Sketch of the medical history of the native army of Bombay, for the year
Year: 1876
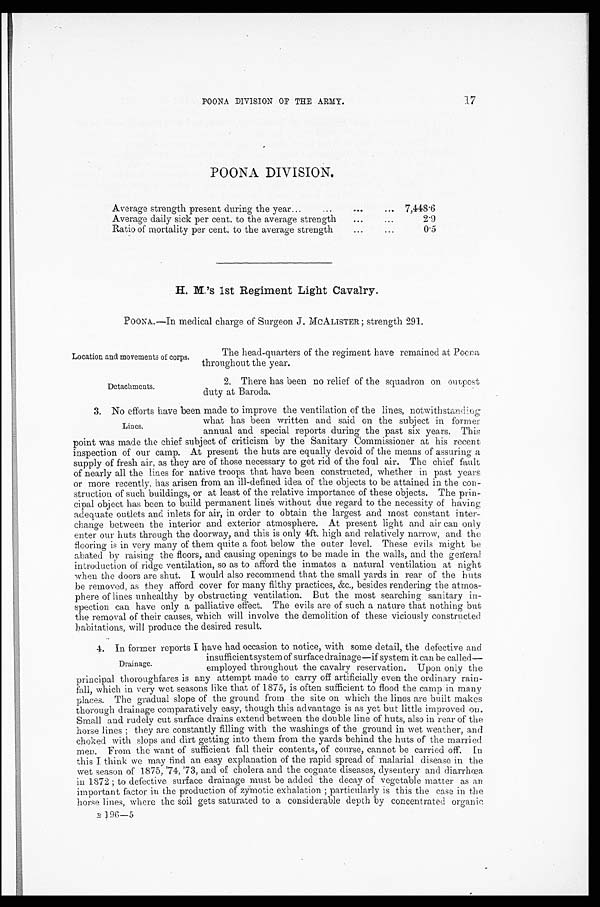
Location and movements of corps.
Detachments.
17
POONA DIVISION OF THE ARMY.
POONA DIVISION.
Average strength present during the year
...
...
. . .
. . .
7 , 4 4 8 . 6
Average daily sick per cent. to the average strength
...
...
2.9
Ratio of mortality per cent. to the average strength
...
...
0 . 5
H . M . ' s 1 s t R e g i m e n t L i g h t C a v a l r y .
POONA..—In medical charge of Surgeon J. MCALISTER ; strength 291.
The head-quarters of the regiment have remained at Poona
throughout the year.
2. There has been no relief of the squadron on outpost
duty at Baroda.
3. No efforts have been made to improve the ventilation of the lines, notwithstan
ding
what has been written and said on the subject in former
annual and special reports during the past six years. This
point was made the chief subject of criticism by the Sanitary Commissioner at his recent
inspection of our camp. At present the huts are equally devoid of the means of assuring a
supply of fresh air, as they are of those necessary to get rid of the foul air. The chief fault
of nearly all the lines for native troops that have been constructed, whether in past years
or more recently, has arisen from an ill-defined idea of the objects to be attained in the con-
struction of such buildings, or at least of the relative importance of these objects. The prin-
cipal object has been to build permanent lines without due regard to the necessity of having
adequate outlets and inlets for air, in order to obtain the largest and most constant inter-
change between the interior and exterior atmosphere. At present light and air can only
enter our huts through the doorway, and this is only 4ft. high and relatively narrow, and the
flooring is in very many of them quite a foot below the outer level. These evils might be
abated by raising the floors, and causing openings to be made in the walls, and the genral
introduction of ridge ventilation, so as to afford the inmates a natural ventilation at night
when the doors are shut. I would also recommend that the small yards in rear of the huts
be removed, as they afford cover for many filthy practices, &c., besides rendering the atmos-
phere of lines unhealthy by obstructing ventilation. But the most searching sanitary in-
spection can have only a palliative effect. The evils are of such a nature that nothing but
the removal of their causes, which will involve the demolition of these viciously constructed
habitations, will produce the desired result.
4.
In former reports I have had occasion to notice, with some detail, the defective and
insufficient system of surface drainage—if system it can be called—
employed throughout the cavalry reservation. Upon only the
principal thoroughfares is any attempt made to carry off artificially even the ordinary rain-
fall, which in very wet seasons like that of 1875, is often sufficient to flood the camp in many
places. The gradual slope of the ground from the site on which the lines are built makes
thorough drainage comparatively easy, though this advantage is as yet but little improved. on.
Small and rudely cut surface drains extend between the double line of huts, also in rear of the
horse lines ; they are constantly filling with the washings of the ground in wet weather, and
choked with slops and dirt getting into them from the yards behind the huts of the married
men. From the want of sufficient fall their contents, of course, cannot be carried off. In
this I think we may find an easy explanation of the rapid spread of malarial disease in the
wet season of 1875, '74, '73, and of cholera and the cognate diseases, dysentery and diarrhœa
in 1872 ; to defective surface drainage must be added the decay of vegetable matter as an
important factor in the production of zymotic exhalation ; particularly is this the case in the
horse lines, where the soil gets saturated to a considerable depth by concentrated organic
Lines.
Drainage.